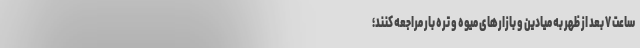
ساعت ۷ بعد از ظهر به میادین و بازارهای میوه و تره بار مراجعه کنند؛